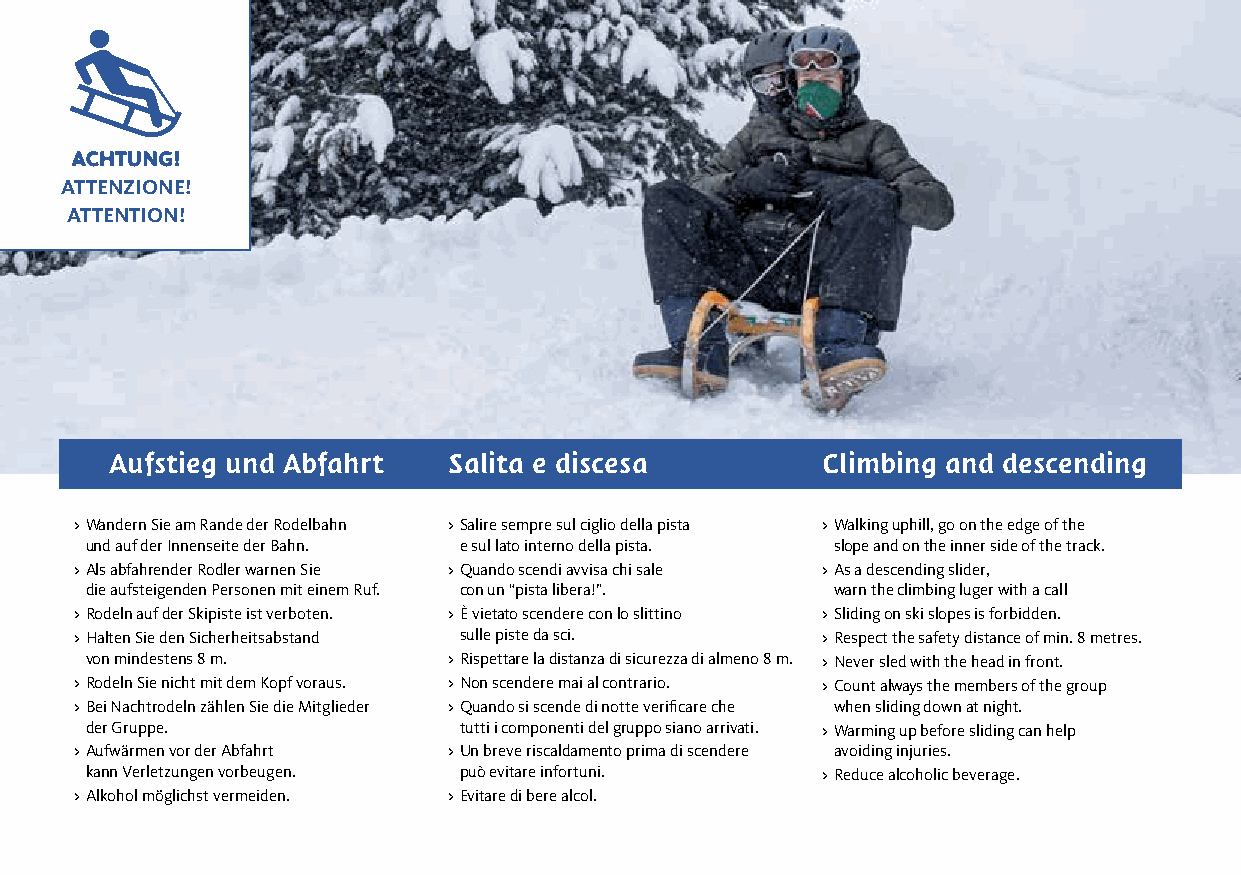
AACCHHTTUUNNGG!!
 ATTENZIONE!
 ATTENTION!
 Aufstieg und Abfahrt   Salita e discesa        Climbing and descending
 > Wandern Sie am Rande der Rodelbahn > Salire sempre sul ciglio della pista > Walking uphill, go on the edge of the
 und auf der Innenseite der Bahn. e sul lato interno della pista. slope and on the inner side of the track.
 > Als abfahrender Rodler warnen Sie > Quando scendi avvisa chi sale > As a descending slider,
 die aufsteigenden Personen mit einem Ruf. con un “pista libera!”. warn the climbing luger with a call
 > Rodeln auf der Skipiste ist verboten. > È vietato scendere con lo slittino > Sliding on ski slopes is forbidden.
 > Halten Sie den Sicherheitsabstand sulle piste da sci. > Respect the safety distance of min. 8 metres.
 von mindestens 8 m.     > Rispettare la distanza di sicurezza di almeno 8 m. > Never sled with the head in front.
 > Rodeln Sie nicht mit dem Kopf voraus. > Non scendere mai al contrario. > Count always the members of the group
 > Bei Nachtrodeln zählen Sie die Mitglieder > Quando si scende di notte verificare che when sliding down at night.
 der Gruppe.             tutti i componenti del gruppo siano arrivati. > Warming up before sliding can help
 > Aufwärmen vor der Abfahrt > Un breve riscaldamento prima di scendere avoiding injuries.
 kann Verletzungen vorbeugen. può evitare infortuni. > Reduce alcoholic beverage.
 > Alkohol möglichst vermeiden. > Evitare di bere alcol.